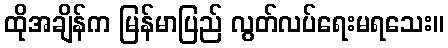
ထိုအချိန်က မြန်မာပြည် လွတ်လပ်ရေးမရသေး။